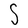
Character: S